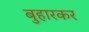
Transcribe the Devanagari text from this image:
बुहारकर